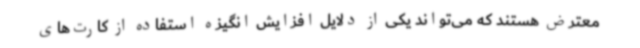
معترض هستند که می‌تواند یکی از دلایل افزایش انگیزه استفاده از کارت‌های